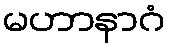
မဟာနာဂံ